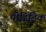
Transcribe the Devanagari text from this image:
पीडिट्रिक